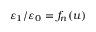
\varepsilon _ { 1 } / \varepsilon _ { 0 } = f _ { n } ( u )